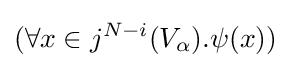
(\forall x\in j^{N-i}(V_{\alpha }).\psi (x))